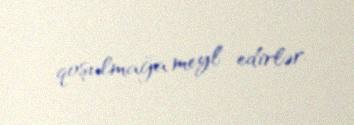
qoşulmağa meyl edirlər.